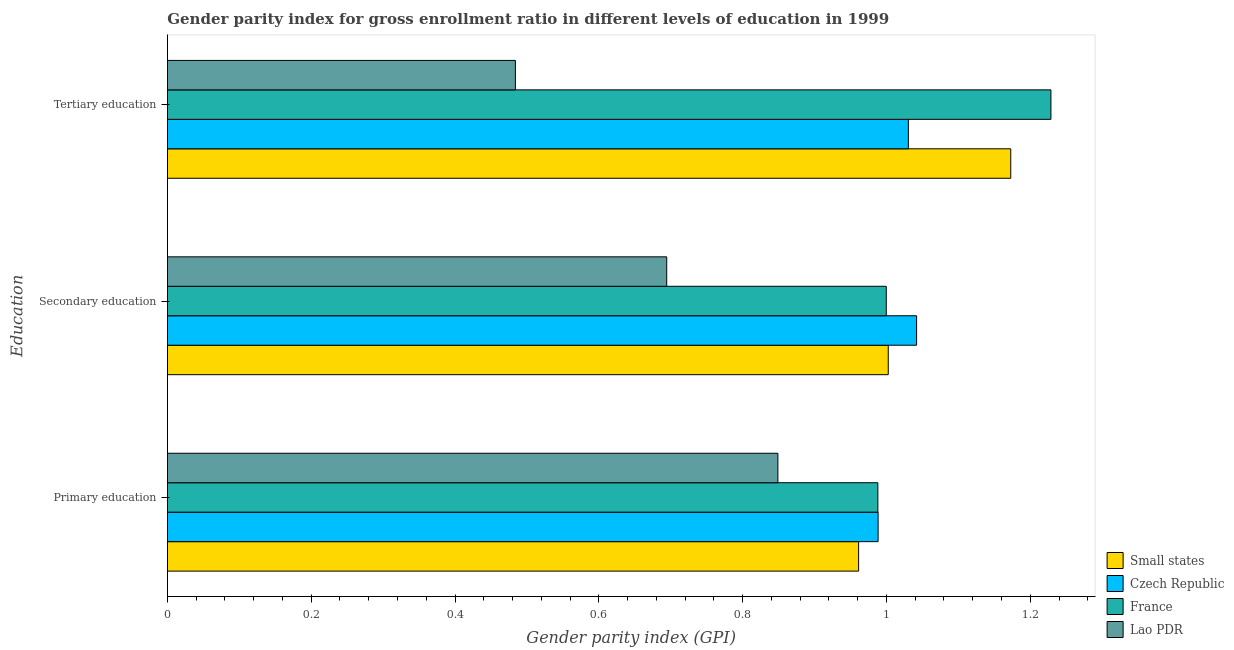
| Education | Small states | Czech Republic | France | Lao PDR |
 | --- | --- | --- | --- | --- |
 | Primary education | 0.961 | 0.988 | 0.988 | 0.849 |
 | Secondary education | 1 | 1.04 | 1 | 0.694 |
 | Tertiary education | 1.17 | 1.03 | 1.23 | 0.484 |